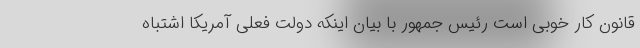
قانون کار خوبی است رئیس جمهور با بیان اینکه دولت فعلی آمریکا اشتباه